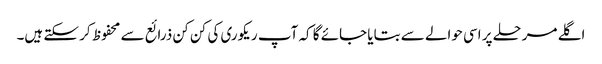
اگلے مرحلے پر اسی حوالے سے بتایا جائے گا کہ آپ ریکوری کی کن کن ذرائع سے محفوظ کر سکتے ہیں۔